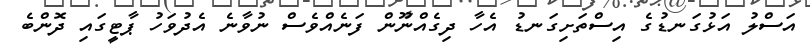
އަސްލު އަޅުގަނޑުގެ އިސްތަށިގަނޑު އެހާ ދިގެއްނޫން ފަނެއްވެސް ނުވާނެ އެދުވަހު ޕާޓީގައި ދޮންބެ